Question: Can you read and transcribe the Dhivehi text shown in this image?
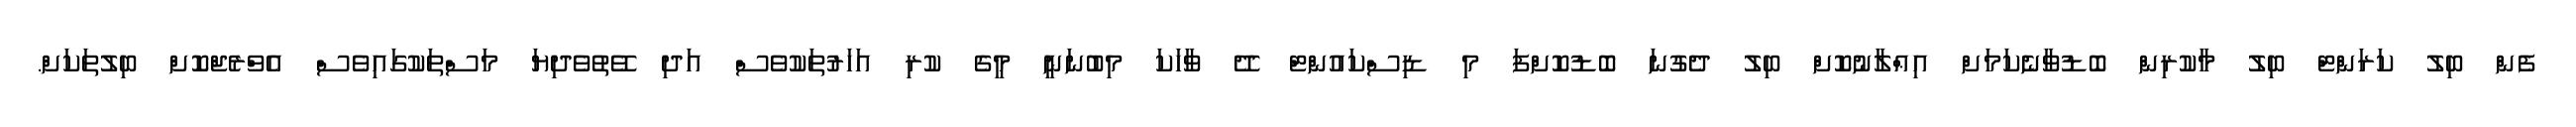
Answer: ފެން ބިލު ކަރަންޓް ބިލު މާކުރިން ބޮޑުވާނެކަމަށް އިޢްލާނުކޮށް ބިލު ދެގުނަ ބޮޑުކޮށްފަ މި ޑިސްކައުންޓް ދޭ ވާހަކަ މިބުނަނީ މީގެ ކުރި އަހަރުތަކުވެސް އަދި ވޭތުވެދިޔަ މަސްތަކުގައިވެސް އެވްރެޖްކޮށް ބިލުތަކަށް.